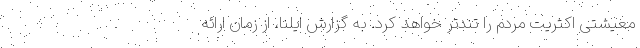
معیشتی اکثریت مردم را تندتر خواهد کرد. به گزارش ایلنا، از زمان ارائه